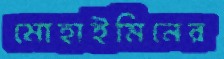
মোহাইমিনের